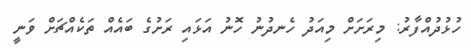
ހުޅުދުއްފާރު: މިރަށަށް މިއަދު ހެނދުނު ހޮނު އަޅައި ރަށުގެ ބައެއް ތަކެއްޗަށް ވަނީ